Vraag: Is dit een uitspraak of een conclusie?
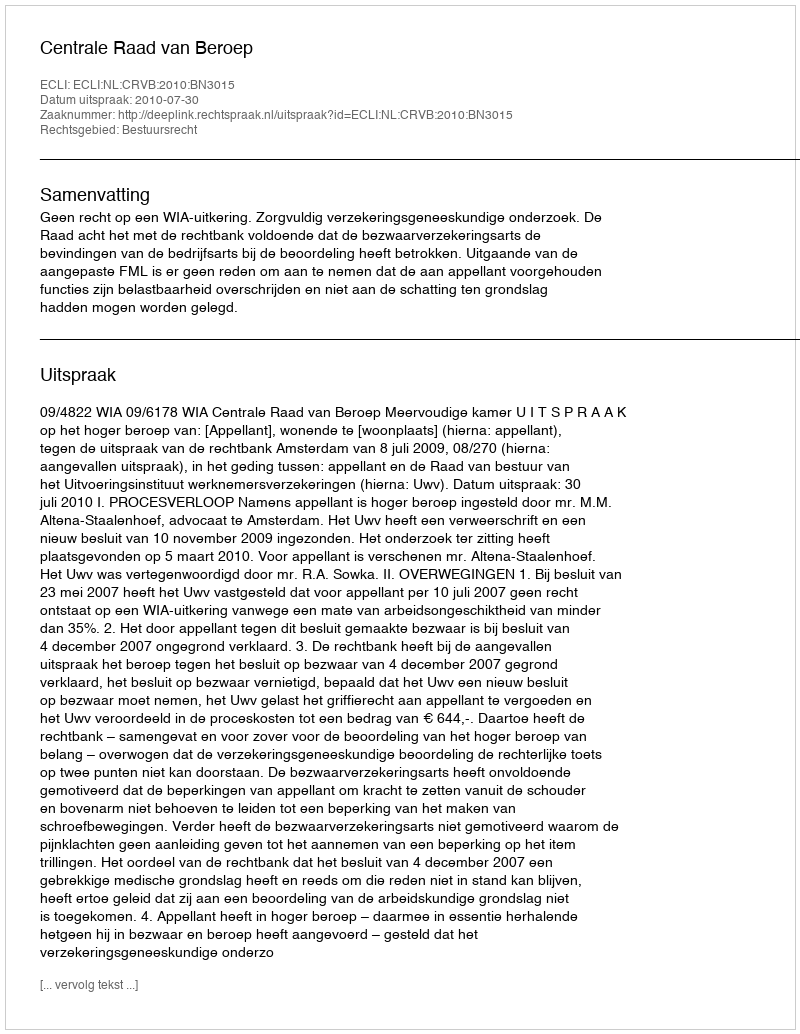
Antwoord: Uitspraak